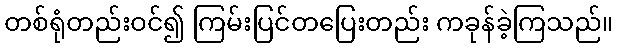
တစ်ရုံတည်းဝင်၍ ကြမ်းပြင်တပြေးတည်း ကခုန်ခဲ့ကြသည်။